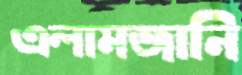
এলামজানি